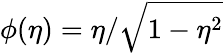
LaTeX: \phi(\eta)=\eta/{\sqrt{1-\eta^{2}}}